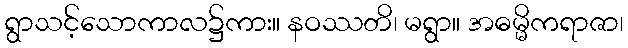
ရွာသင့်သောကာလ၌ကား။ နဝဿတိ၊ မရွာ။ အဓမ္မိကရာဇာ၊